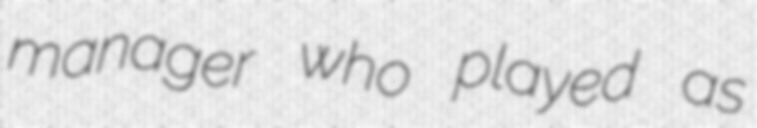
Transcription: manager who played as